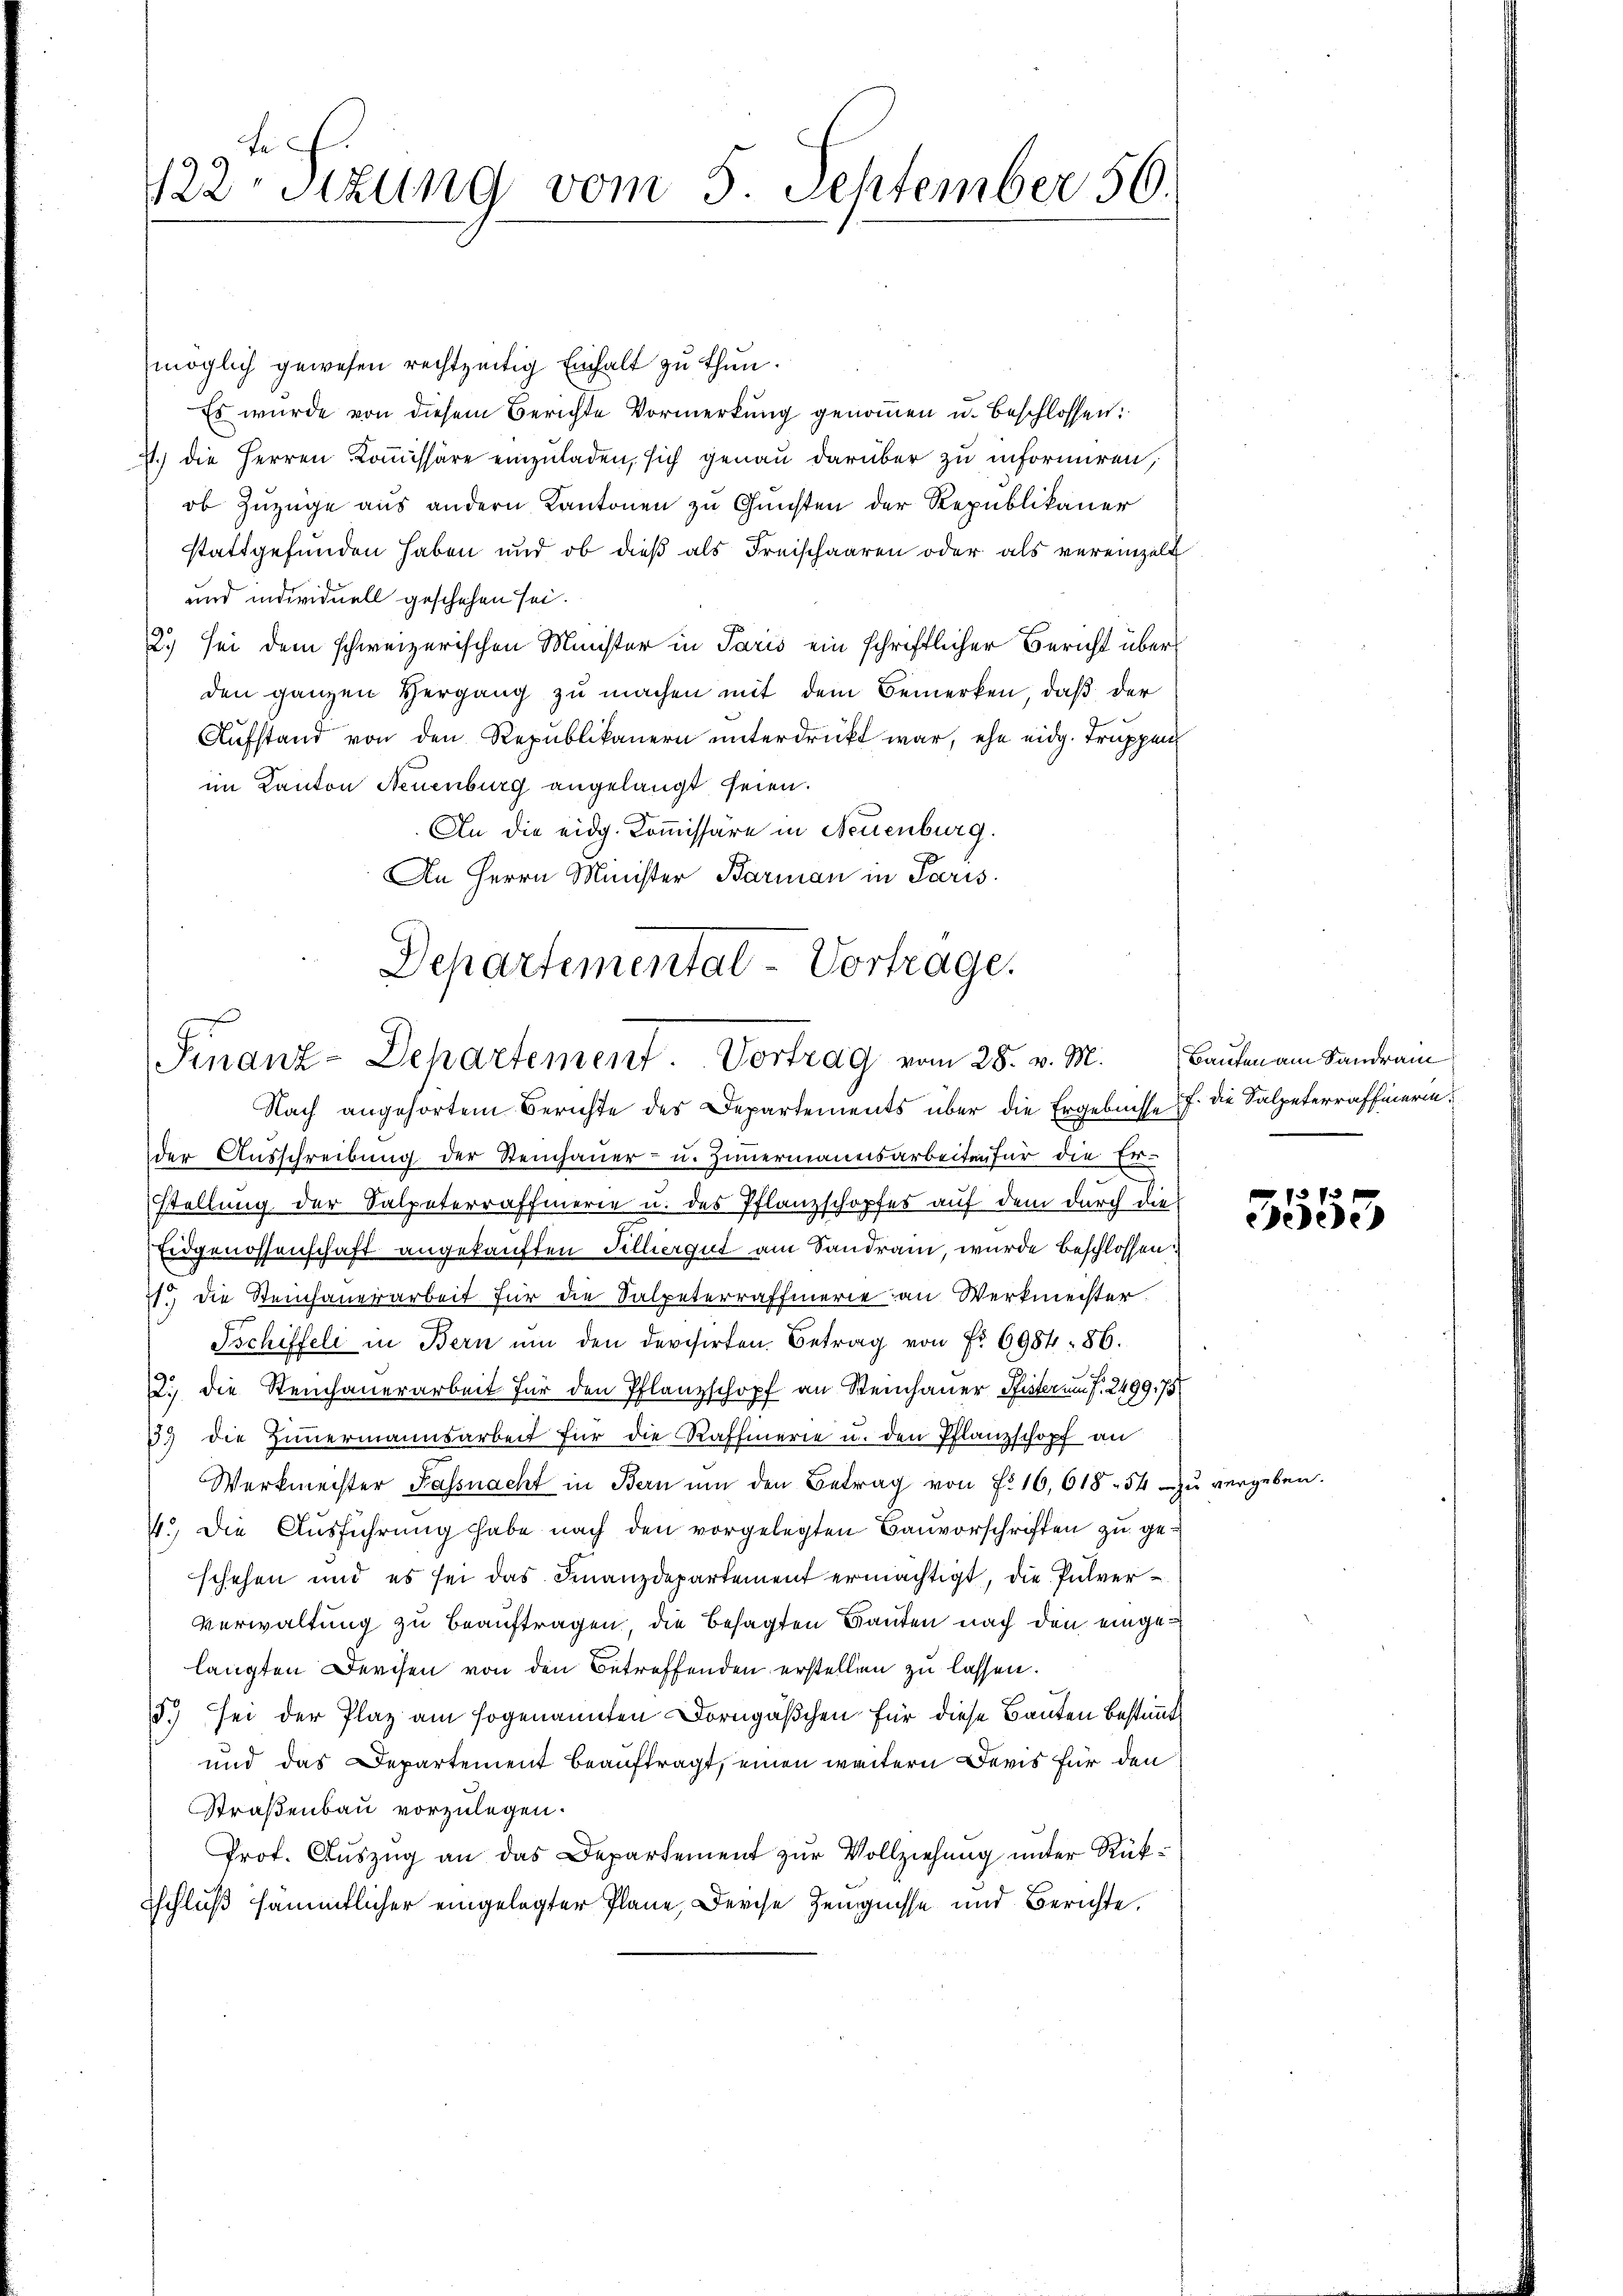
Fe
122 Stzung vom 5. September 56.

möglich gewesen rechtzeitig Einhalt zu thun.
Es wurde von diesem Berichte Vormerkung genommen u. beschlossen:
7.) Die Herren Kommissäre einzuladen, sich genau darüber zu informiren,
ob Zuzüge aus andern Kantonen zu Gunsten der Republikaner
stattgefŭnden haben und ob dieβ als Freischaaren oder als vereinzelt
und individuell geschehen sei.
2.) sei dem schweizerischen Minister in Paris ein schriftlicher Bericht überden ganzen Hergang zu machen mit dem Bemerken, daß der
Aufstand von den Republikanern unterdrückt war, ehe eidg. Truppen
im Kanton Neuenburg angelangt seien.
An die eidg. Kommissäre in Neuenburg.
An Herrn Minister Barman in Paris.
Departemental-Vortrage.

Finanz-Departement. Vortrag vom 28. v. M.
Nach angehörtem Berichte des Departements über die Ergebnisse 7. die Salpeterraffierin¬

der Ausschreibung der Steinhauer- u. Zimmermanensarbeiten für die Er
Stellung der Salpeterraffierie u. des Pflanzschopfes auf dem durch die
Eidgenossenschaft angekauften Silbergut am Sandran, wurde beschlossen:
1.) Die Steinhauerarbeit für die Salpeterraffierie an Werkmeister.
Tschiffeli in Bern um den devisirten. Betrag von Fr. 6984. 86.
2. die Steinhauerarbeit für den Pflanzschopf an Steinhauer Pfister um P. 2499,75
3) die Zimmermannsarbeit für die Raffmerie u. den Pflanzschopf an
Werkmeister Fassnacht in Bern um den Betrag von Fr. 16,61854 zu vergebe
4.) Die Ausführung habe nach den vorgelegten Bauvorschriften zu geschehen und es sei das Finanzdepartement ermächtigt, die Pulver¬
Verwaltung zu beauftragen die besagten Bauten nach den eingelangten Devisen von den Betreffenden erstellen zu lassen.
5.) sei der Plaz am sogenannten Dorngäßchen für diese Bauten bestimmt
und das Departement beauftragt, einen weitern Devis für den
Straßenbau vorzulegen.
Prof. Auszug an das Departement zur Vollziehung unter Rüksschluß sämmtlicher eingelegter Plane, Derche Zeugnisse und Berichte,

Bauten am Sandrain
.

15 f 0 x
eede